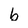
Character: b